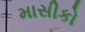
માસીકો